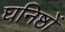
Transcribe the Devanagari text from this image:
घनिष्ठों